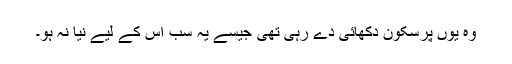
وہ یوں پرسکون دکھائی دے رہی تھی جیسے یہ سب اس کے لیے نیا نہ ہو۔